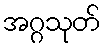
အဂ္ဂသုတ်